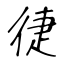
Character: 徢